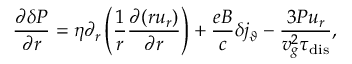
\frac { \partial \delta P } { \partial r } = \eta \partial _ { r } \left( \frac { 1 } { r } \frac { \partial ( r u _ { r } ) } { \partial r } \right) + \frac { e B } { c } \delta j _ { \vartheta } - \frac { 3 P u _ { r } } { v _ { g } ^ { 2 } \tau _ { \mathrm { d i s } } } ,